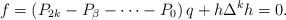
\begin{align*}f=\left( P_{2k}-P_{\beta }-\cdots -P_{0}\right) q +h\Delta^{k}h=0. \end{align*}